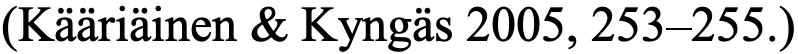
(Kääriäinen & Kyngäs 2005, 253–255.)